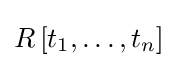
R\left[t_{1},\ldots ,t_{n}\right]